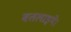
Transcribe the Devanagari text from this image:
बतलाइये।